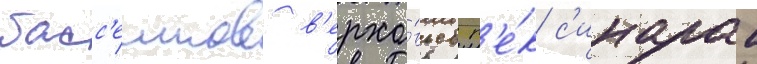
басс'еинов в'ерхо́вьев р'е́к с'инара